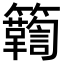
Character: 𮆾